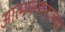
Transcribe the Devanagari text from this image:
आत्मकथनाच्या